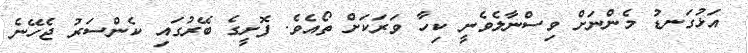
އަޅުގަނޑު މެންނަށް ވިސްނާލެވެނީ ކިހާ ވަރަކަށް ތޯއެވެ. ފޮށީގެ ބޭރުގައި ކެންސަރު ޖެހޭނެ